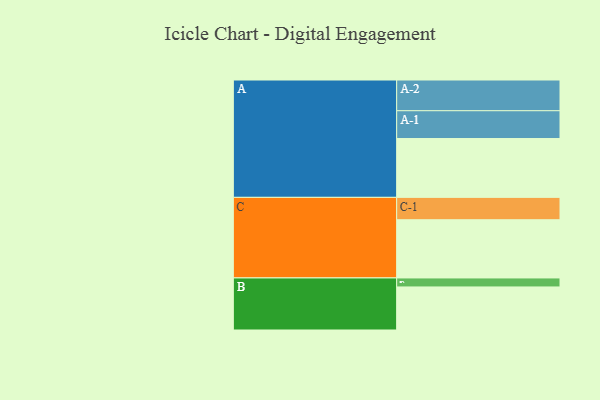
{"axis": {"x": "Segment", "y": "Value"}, "legend": ["", "A", "B", "C"], "data": [{"x": "A", "y": 563, "type": ""}, {"x": "B", "y": 412, "type": ""}, {"x": "C", "y": 557, "type": ""}, {"x": "A-1", "y": 266, "type": "A"}, {"x": "A-2", "y": 294, "type": "A"}, {"x": "B-1", "y": 86, "type": "B"}, {"x": "C-1", "y": 214, "type": "C"}]}